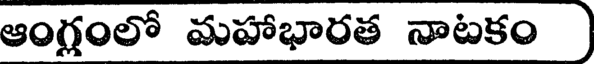
ఆంగ్లంలో మహాభారత నాటకం